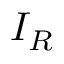
I _ { R }